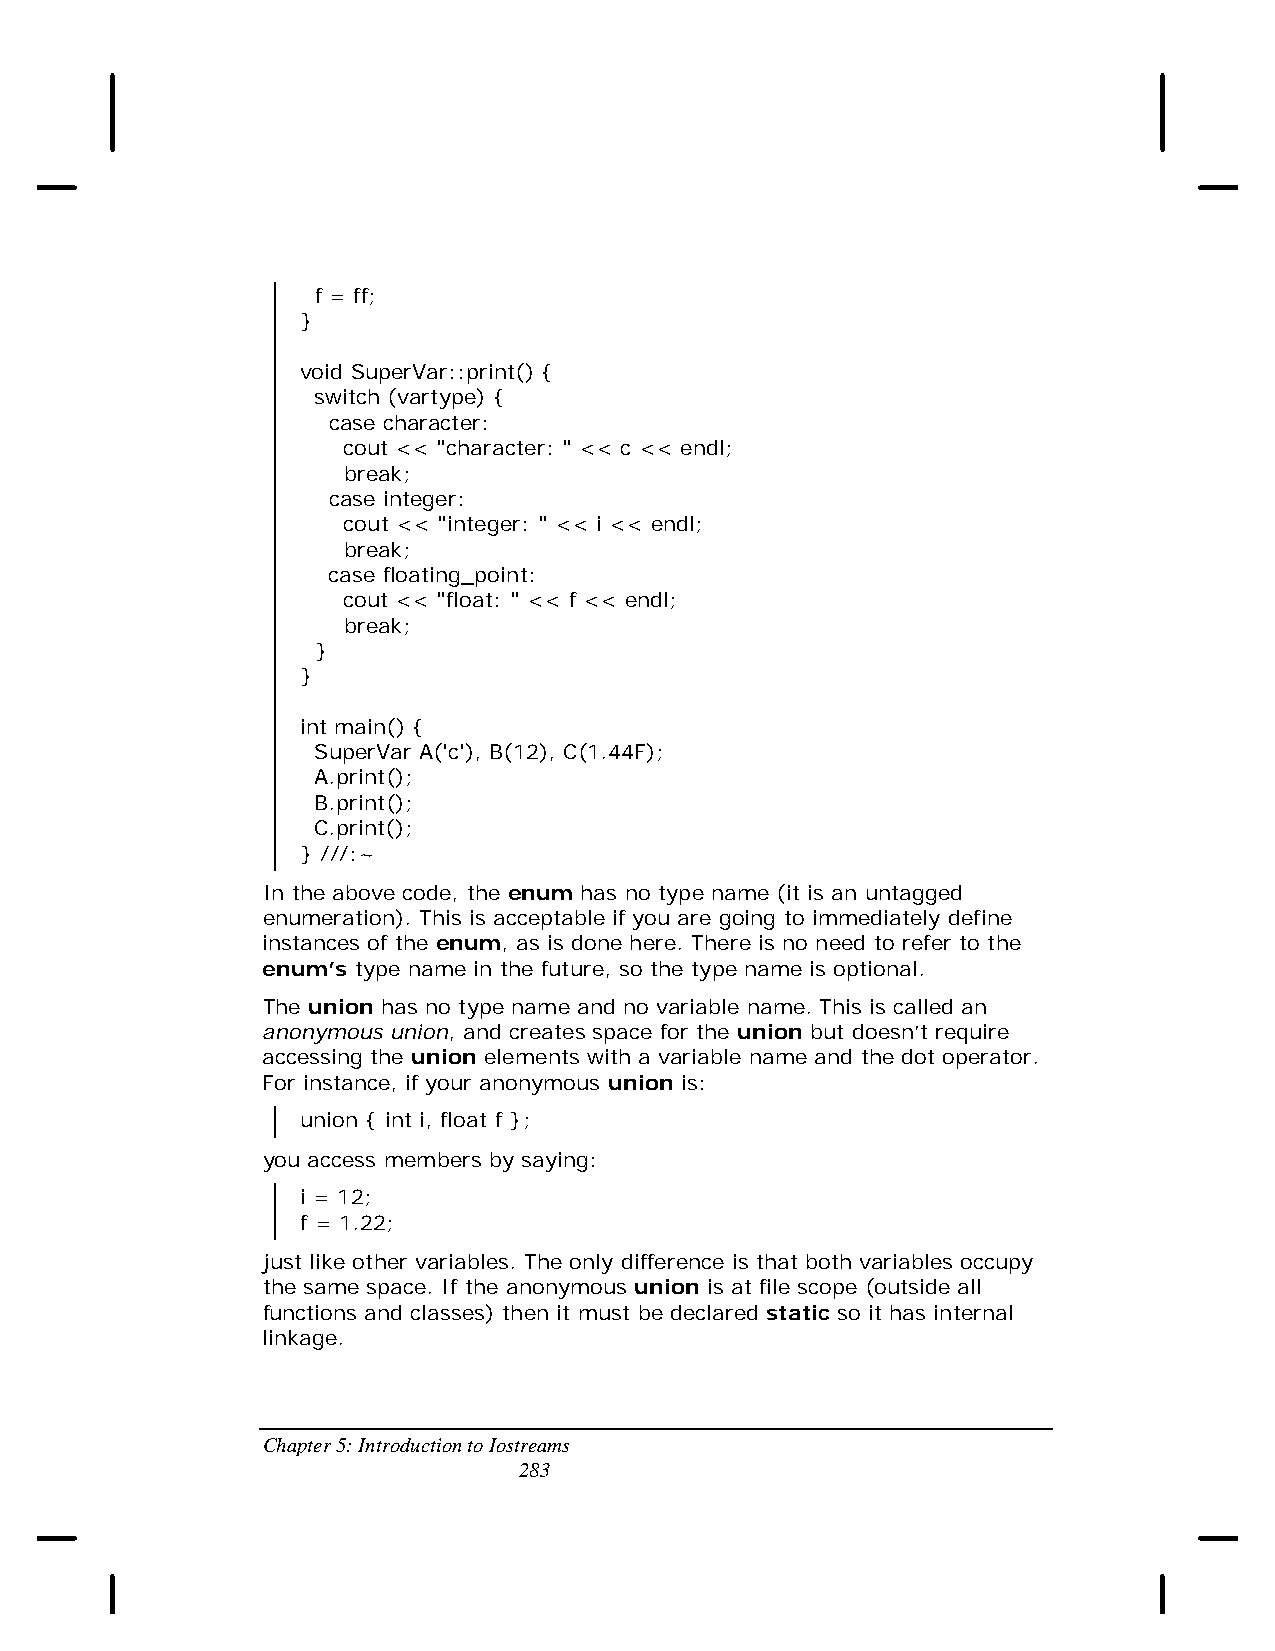
f = ff;
 }
 void SuperVar::print() {
 switch (vartype) {
 case character:
 cout << "character: " << c << endl;
 break;
 case integer:
 cout << "integer: " << i << endl;
 break;
 case floating_point:
 cout << "float: " << f << endl;
 break;
 }
 }
 int main() {
 SuperVar A('c'), B(12), C(1.44F);
 A.print();
 B.print();
 C.print();
 } ///:~
 In the above code, the enum has no type name (it is an untagged
 enumeration). This is acceptable if you are going to immediately define
 instances of the enum, as is done here. There is no need to refer to the
 enum’s type name in the future, so the type name is optional.
 The union has no type name and no variable name. This is called an
 anonymous union, and creates space for the union but doesn’t require
 accessing the union elements with a variable name and the dot operator.
 For instance, if your anonymous union is:
 union { int i, float f };
 you access members by saying:
 i = 12;
 f = 1.22;
 just like other variables. The only difference is that both variables occupy
 the same space. If the anonymous union is at file scope (outside all
 functions and classes) then it must be declared static so it has internal
 linkage.
 Chapter 5: Introduction to Iostreams
 283